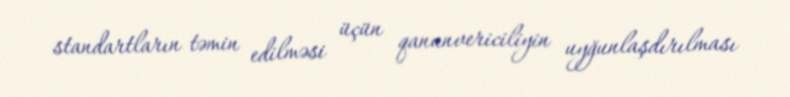
standartların təmin edilməsi üçün qanunvericiliyin uyğunlaşdırılması